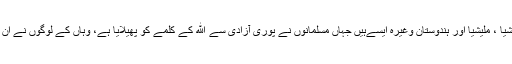
یہى وجہ ہے کہ ہم دیکهتے ہیں کہ ایشیا میں بہت سارے ممالک جیسے انڈونیشیا ، ملیشیا اور ہندوستان وغیره ایسےہیں جہاں مسلمانوں نے پورى آزادى سے الله کے کلمے کو پھیلایا ہے، وہاں کے لوگوں نے ان کا استقبال کیا اور کہا کہ تمہیں جو کہنا ہو کہو جسے ایمان لانا ہوگا لائے گا۔